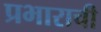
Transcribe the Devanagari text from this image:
प्रभाराची